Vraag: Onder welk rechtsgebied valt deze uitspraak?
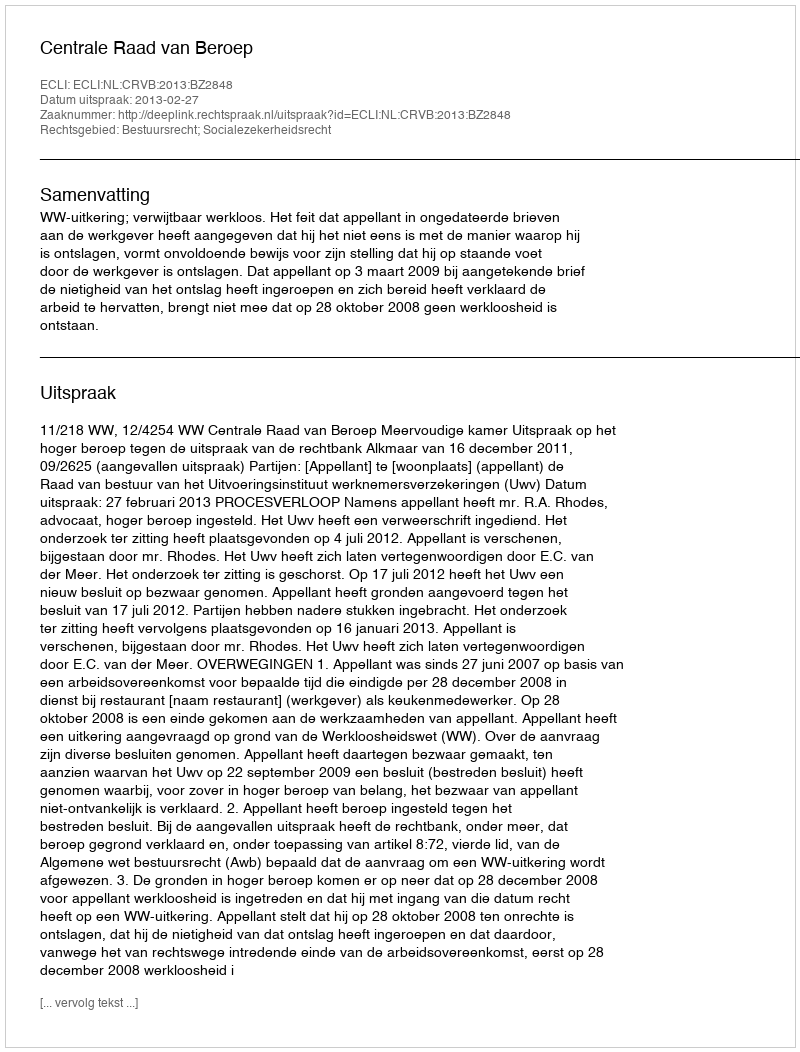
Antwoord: Bestuursrecht; Socialezekerheidsrecht